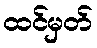
ထင်မှတ်